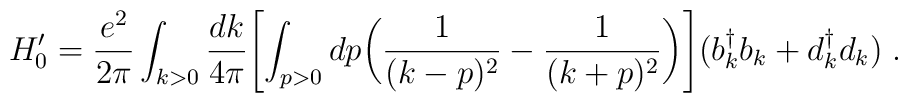
H'_0={e^2 \over 2\pi} \int_{k>0} {dk \over 4\pi}\Biggl[\int_{p>0} dp \biggl( {1 \over (k-p)^2} - {1 \over (k+p)^2}\biggr)\Biggr] \bigl(b_k^\dagger b_k+d_k^\dagger d_k\bigr) \;.